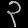
Digit: ၃